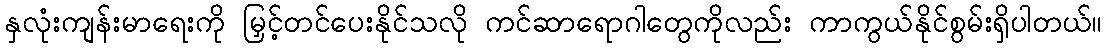
နှလုံးကျန်းမာရေးကို မြှင့်တင်ပေးနိုင်သလို ကင်ဆာရောဂါတွေကိုလည်း ကာကွယ်နိုင်စွမ်းရှိပါတယ်။